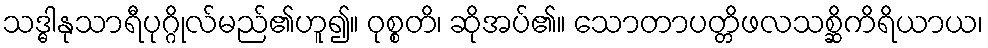
သဒ္ဓါနုသာရီပုဂ္ဂိုလ်မည်၏ဟူ၍။ ဝုစ္စတိ၊ ဆိုအပ်၏။ သောတာပတ္တိဖလသစ္ဆိကိရိယာယ၊